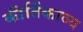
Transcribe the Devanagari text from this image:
कीर्तिकाव्य